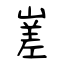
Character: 嵳